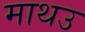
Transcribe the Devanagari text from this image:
माथउ